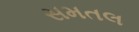
સમતલ